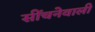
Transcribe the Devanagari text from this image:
सींचनेवाली